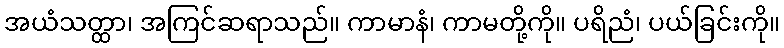
အယံသတ္ထာ၊ အကြင်ဆရာသည်။ ကာမာနံ၊ ကာမတို့ကို။ ပရိညံ၊ ပယ်ခြင်းကို။